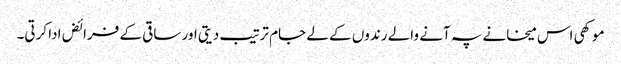
موکھی اس میخانے پہ آنے والے رندوں کے لے جام ترتیب دیتی اور ساقی کے فرائض ادا کرتی۔